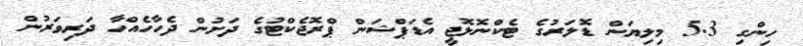
ހިންގި 5.3 މިލިޔަން ޑޮލަރުގެ ޓެކްނޮލޮޖީ އެޑަޕްޝަން ޕްރޮޖެކްޓުގެ ދަށުން ދެހާހެއްހާ ދަރިވަރުން